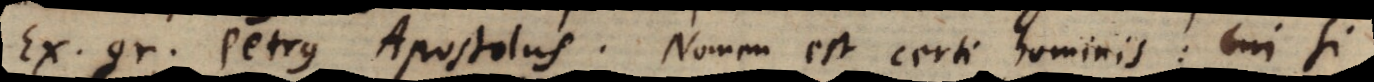
Ex. gr. Petrus Apostolus. Nomen est certi hominis: cui si